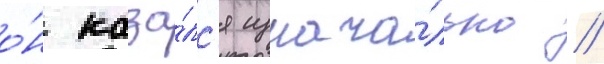
о́н каза́лс'я изнача́льно //